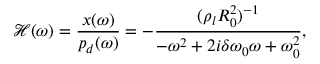
\mathcal { H } ( \omega ) = \frac { x ( \omega ) } { p _ { d } ( \omega ) } = - \frac { ( \rho _ { l } R _ { 0 } ^ { 2 } ) ^ { - 1 } } { - \omega ^ { 2 } + 2 i \delta \omega _ { 0 } \omega + \omega _ { 0 } ^ { 2 } } ,